Senior Leaving Certificate Examination (including Day School Certificate (Higher) General paper), 1947
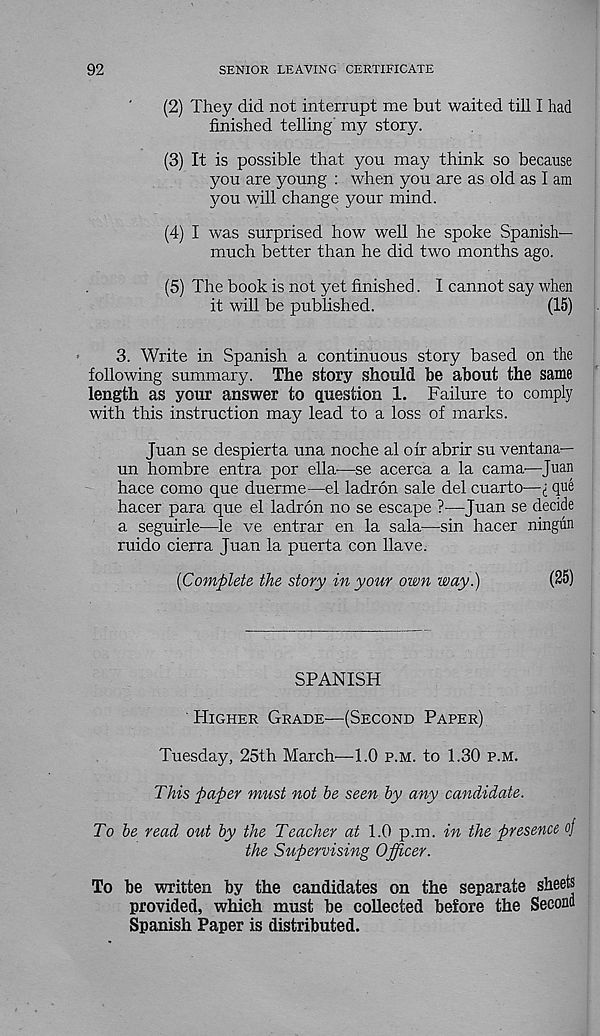
92
SENIOR LEAVING CERTIFICATE
(2) They did not interrupt me but waited till I had
finished telling my story.
(3) It is possible that, you may think so because
you are young : when you are as old as I am
you will change your mind.
(4) I was surprised how well he spoke Spanish-
much better than he did two months ago.
(5) The book is not yet finished. I cannot say when
it will be published.
(15)
3. Write in Spanish a continuous story based on the
following summary. The story should he about the same
length as your answer to question 1. Failure to comply
with this instruction may lead to a loss of marks.
Juan se despierta una noche al ofr abrir su ventana—
un hombre entra por ella—se acerca a la cama^—Juan
hace como que duerme—el ladron sale del cuarto—[ que
hacer para que el ladron no se escape ?•—Juan se decide
a seguirle—le ve entrar en la sala—sin hacer ningun
ruido cierra Juan la puerta con Have.
{Complete the story in your own way.)
(25)
SPANISH
PIigher Grade—(Second Paper)
Tuesday, 25th March—1.0 p.m. to 1.30 p.m.
This paper must not be seen by any candidate.
To be read out by the Teacher at 1.0 p.m. in the presence of
the Supervising Officer.
To be written by the candidates on the separate sheets
provided, which must be collected before the Second
Spanish Paper is distributed.